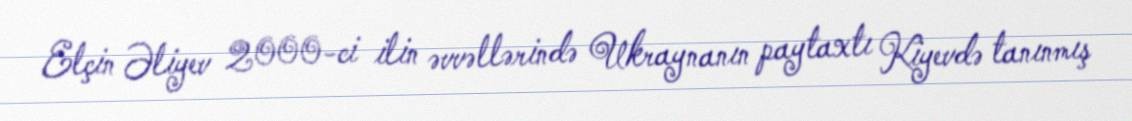
Elçin Əliyev 2000-ci ilin əvvəllərində Ukraynanın paytaxtı Kiyevdə tanınmış